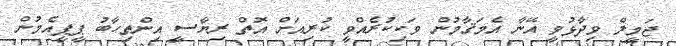
ޖަމީލް ވިދާޅުވީ އޭނާ އެމަޤާމުން ވަކިކުރެއްވީ ކުރިއަށް އޮތް ރިޔާސީ އިންތިހާބު ޕީޕީއެމުން